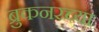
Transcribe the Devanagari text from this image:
ब्रुकनरच्या